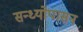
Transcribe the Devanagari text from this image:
सन्ध्याेपासन